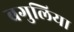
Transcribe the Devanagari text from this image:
बगुलिया